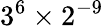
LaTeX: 3^{6}\times 2^{-9}